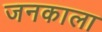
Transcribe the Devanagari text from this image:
जनकाला